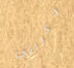
ذكريني